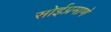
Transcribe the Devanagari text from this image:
सोईप्रमाणे